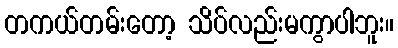
တကယ်တမ်းတော့ သိပ်လည်းမကွာပါဘူး။